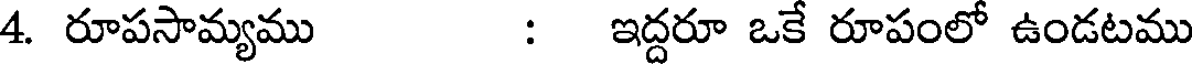
4. రూపసామ్యము : ఇద్దరూ ఒకే రూపంలో ఉండటము